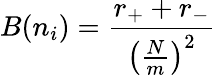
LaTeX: B(n_{i})=\frac{r_{+}+r_{-}}{\left(\frac{N}{m}\right)^{2}}